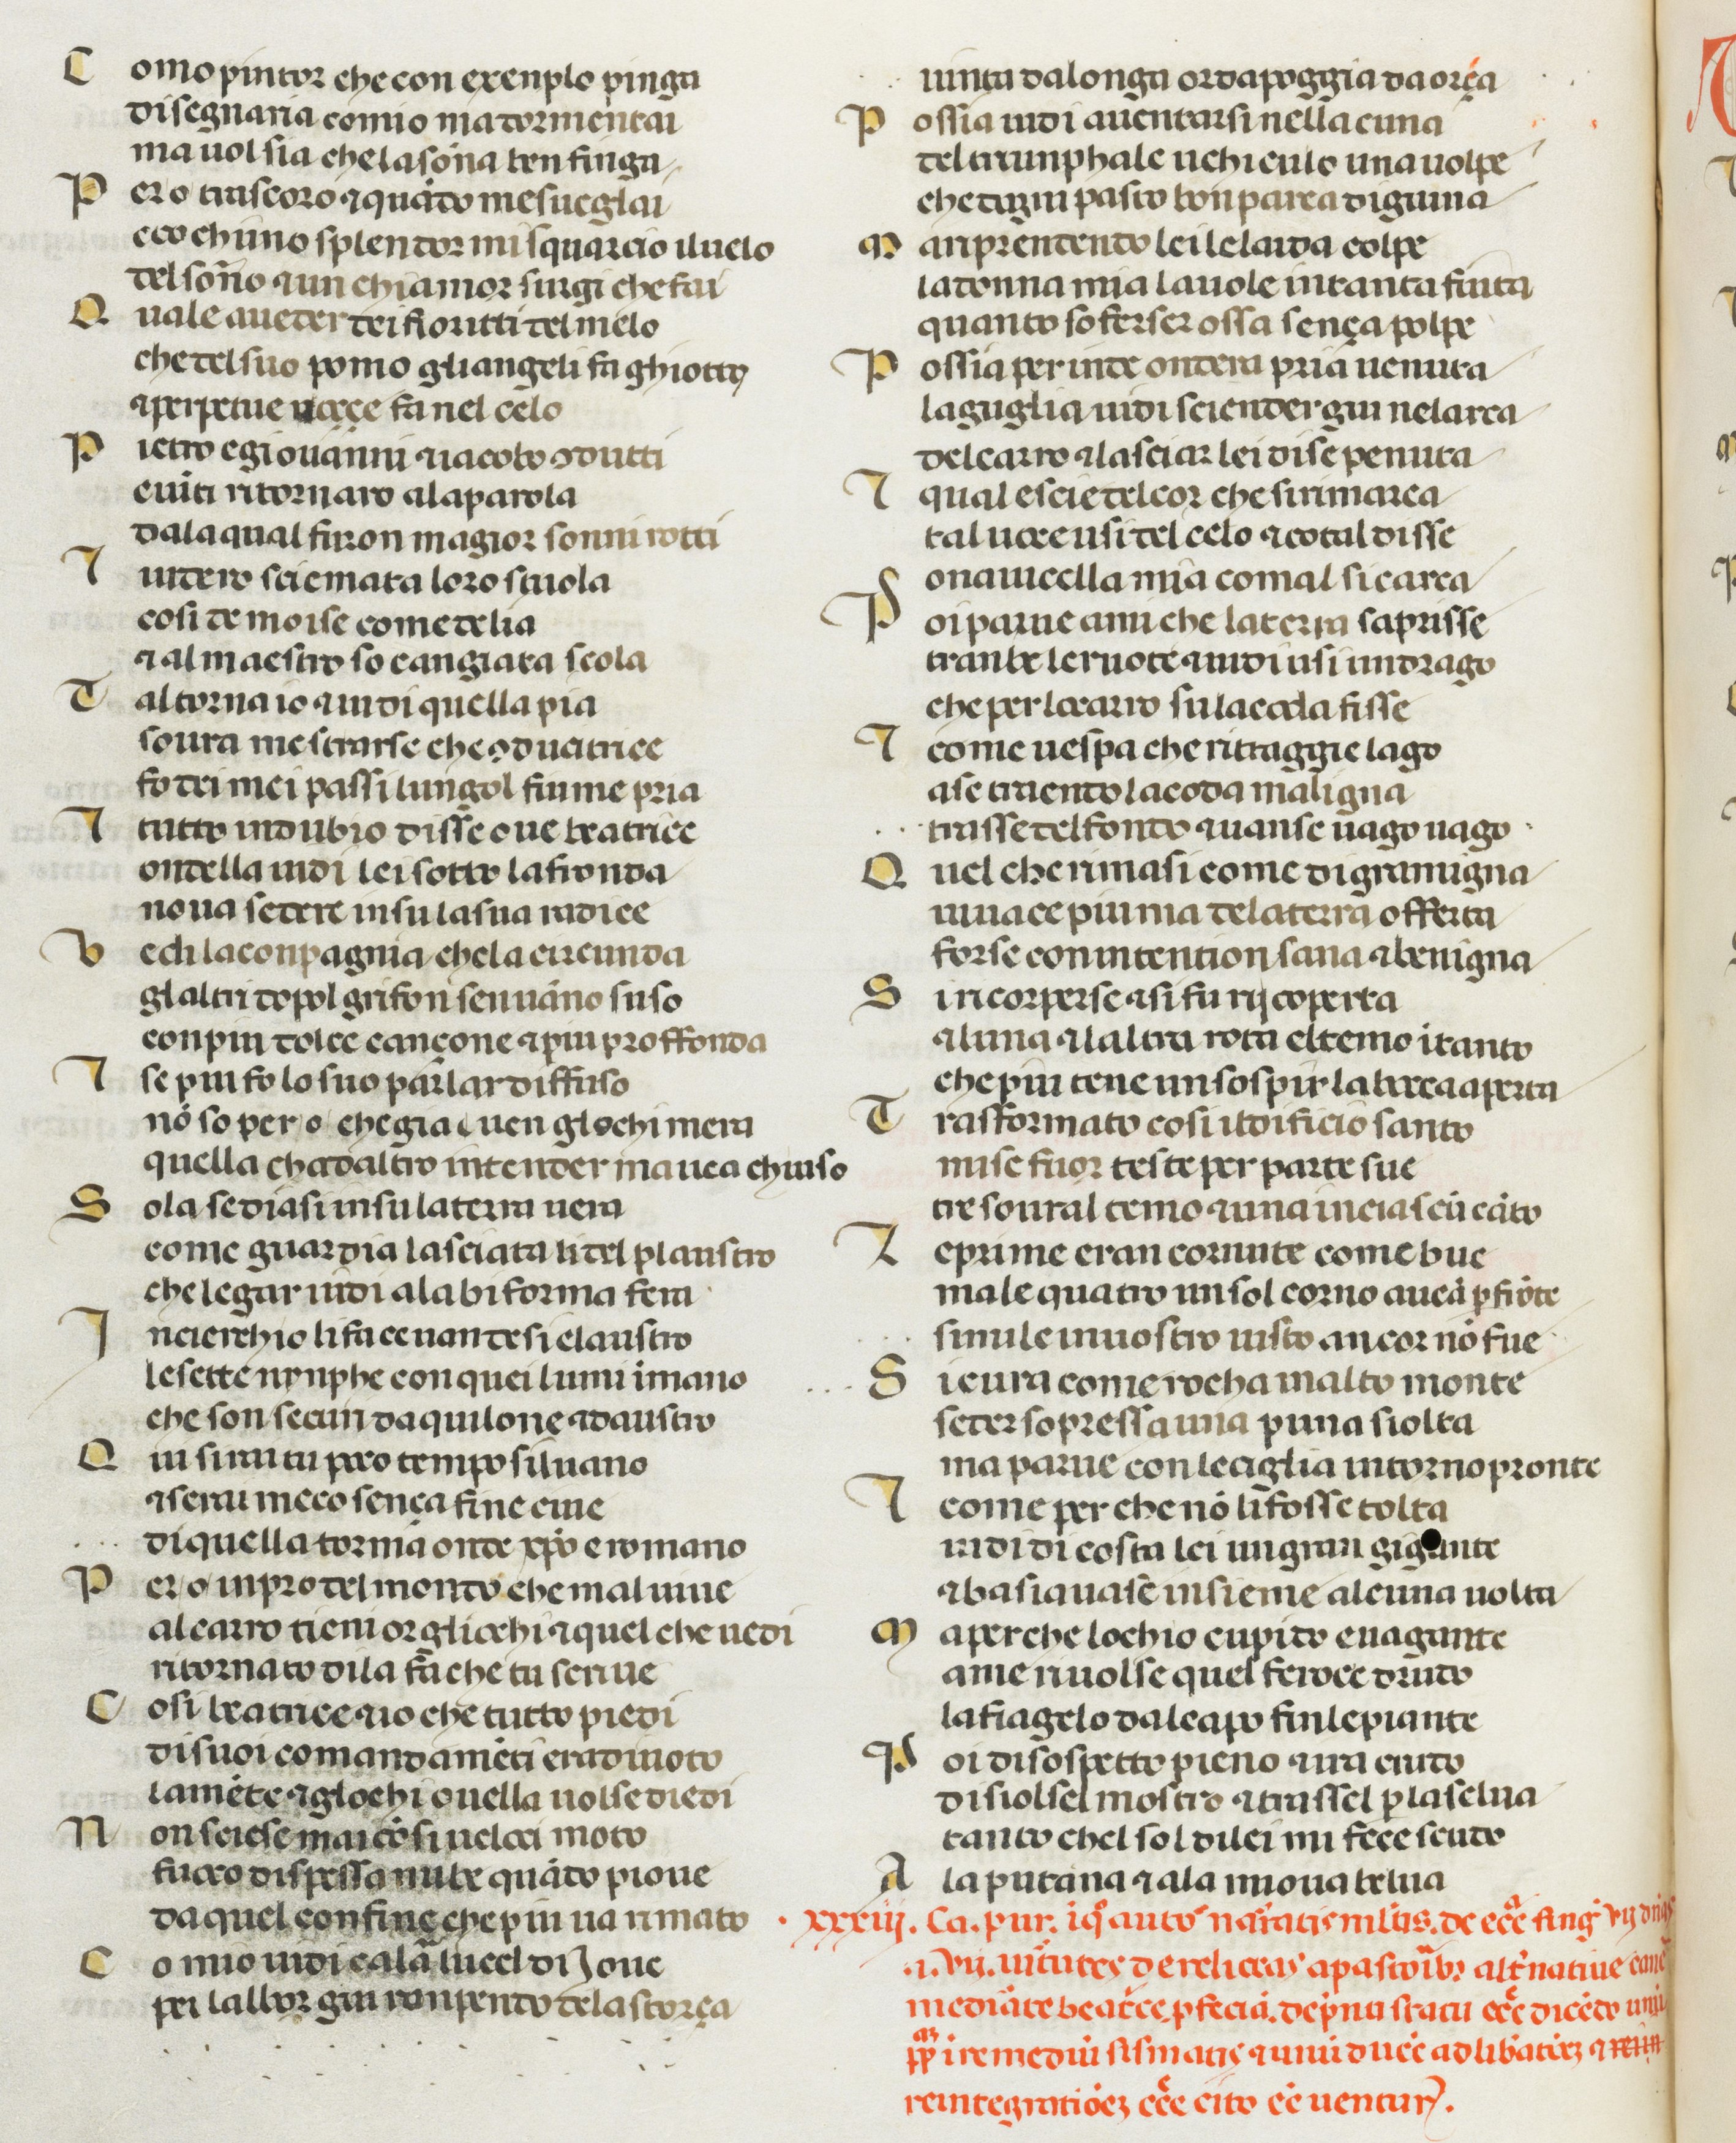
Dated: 1378–1378